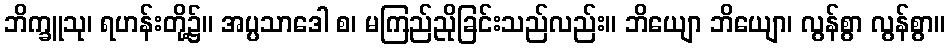
ဘိက္ခူသု၊ ရဟန်းတို့၌။ အပ္ပသာဒေါ စ၊ မကြည်ညိုခြင်းသည်လည်း။ ဘိယျော ဘိယျော၊ လွန်စွာ လွန်စွာ။